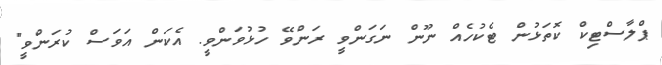
ޕްލާސްޓިކް ކޮތަޅުން ޓެކުހެއް ނޫން ނަގަންވީ ރަންވޭ ހުޅުވަންވީ. އެކަން އަވަސް ކުރަންވީ"